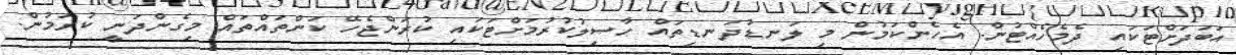
އަބަދަށްޓަކައި ދެމެހެއްޓުން. އެހެންކަމުން މި ލަނޑުދަނޑިތައް ހާސިލުކުރުމަށްޓަކައި ކުރަންޖެހޭ ކަންތައްތައް މިގެންދަނީ ކުރަމުން.